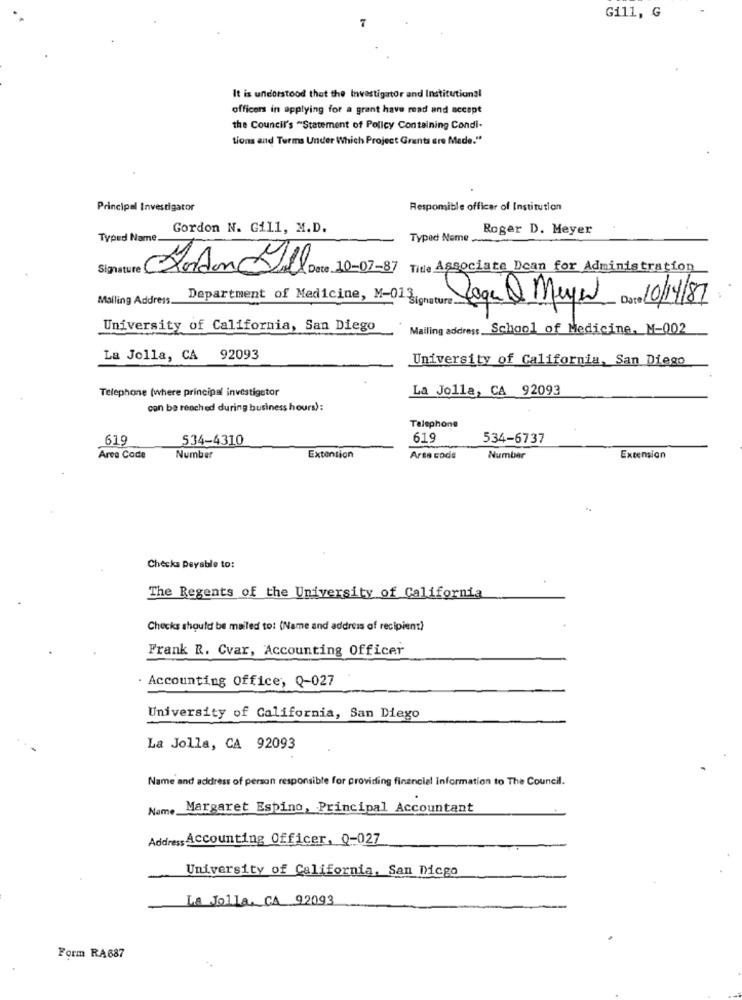
Gill, G
It is understood that the Investigator and Institutions!
officers in applying for a grant have road and accept
the Council's "Statement of Policy Containing Condi-
tions and Terms Under Which Project Grants are Made."
Principal Investigator
Responsible officer of Institution
Gordon N. Gill, M.D.
Roger D. Meyer
Typed Name.
Typec Name ..
Signature Fordon il Date 10-07-87 Tide Associate Dean for Administration
Mailing Address.
Department of Medicine, M-013
-Sign
Joga & Meyer Dare 10/14/81
University of California, San Diego
Mailing address School of Medicine. M-002
La Jolla, CA 92093
University of California, San Diego
Telephone (where principal investigator
La Jolla, CA 92093
can be reached during business hours):
Telephone
619
534-4310
619
534-6737
Area Code
Number
Extension
Area code
Number
Extension
Checks Deyable to:
The Regents of the University of California
Chucks should be mailed to: (Name and address of recipient)
Frank R. Cvar, Accounting Officer
· Accounting Office, Q-027
University of California, San Diego
La Jolla, CA 92093
Name and address of person responsible for providing financial information to The Council.
Name Margaret Espino, Principal Accountant
Address Accounting Officer, 0-027
University of California, San Diego
La Jolla, CA 92093
Form RA687